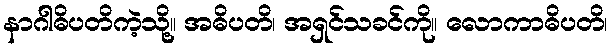
နာဂါဓိပတိကဲ့သို့။ အဓိပတိ၊ အရှင်သခင်ကို။ လောကာဓိပတိ၊